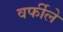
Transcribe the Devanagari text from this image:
वर्फीले